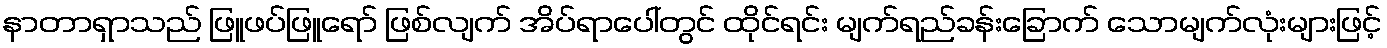
နာတာရှာသည် ဖြူဖပ်ဖြူရော် ဖြစ်လျက် အိပ်ရာပေါ်တွင် ထိုင်ရင်း မျက်ရည်ခန်းခြောက် သောမျက်လုံးများဖြင့်